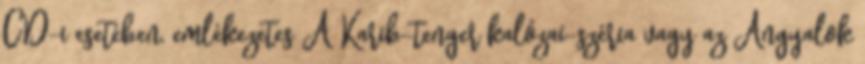
CD-i esetében, emlékezetes A Karib-tenger kalózai-széria vagy az Angyalok